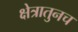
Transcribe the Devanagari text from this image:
क्षेत्रातुनच